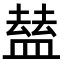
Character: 𥂊